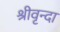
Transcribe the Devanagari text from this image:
श्रीवृन्दा